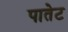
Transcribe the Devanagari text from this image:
पातेट